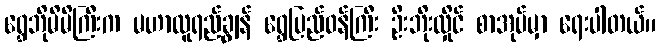
ရွှေဘိုမိမိကြီးက မဟာလူရည်ချွန် ရွှေပြည်ဝန်ကြီး ဦးဘိုးလှိုင် စာအုပ်မှာ ရေးပါတယ်။